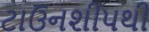
ટાઉનશીપથી